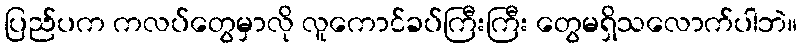
ပြည်ပက ကလပ်တွေမှာလို လူကောင်ခပ်ကြီးကြီး တွေမရှိသလောက်ပါဘဲ။